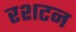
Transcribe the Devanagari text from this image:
रशटन